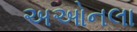
અઓનલા